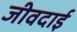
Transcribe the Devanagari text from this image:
जीवदाई